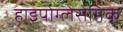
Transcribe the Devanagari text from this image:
हाइपोग्लेसेमिक